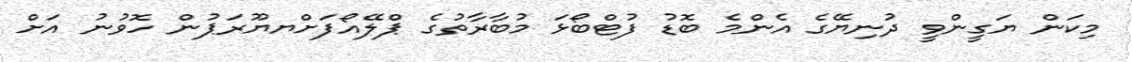
މިކަން ޔަގީންވީ ދުނިޔޭގެ އެންމެ ބޮޑު ފުޓްބޯޅަ މުބާރާތުގެ ޕްލޭއޯފަށްޔޔޫރަޕުން ހޮވުނު އަށް